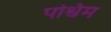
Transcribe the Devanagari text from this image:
पर्श्विम